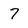
Character: 7